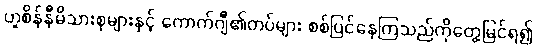
ဟူစိန်နီမိသားစုများနှင့် ကောက်ဂျီ၏တပ်များ စစ်ပြင်နေကြသည်ကိုတွေ့မြင်ရ၍